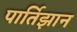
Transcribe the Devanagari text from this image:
पार्तिझान